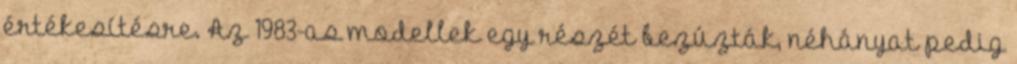
értékesítésre. Az 1983-as modellek egy részét bezúzták, néhányat pedig